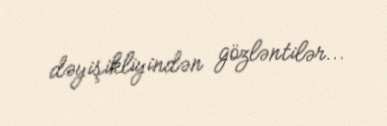
dəyişikliyindən gözləntilər...